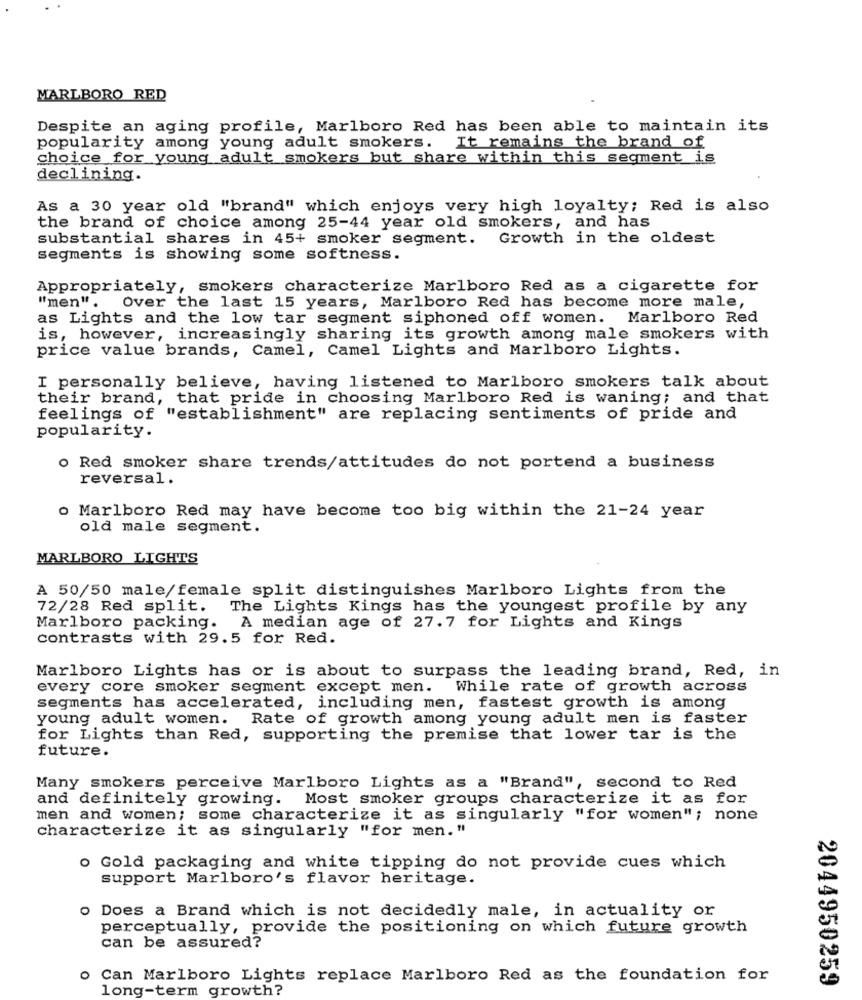
MARLBORO RED
Despite an aging profile, Marlboro Red has been able to maintain its
popularity among young adult smokers. It remains the brand of
choice for young adult smokers but share within this segment is
declining.
As a 30 year old "brand" which enjoys very high loyalty; Red is also
the brand of choice among 25-44 year old smokers, and has
substantial shares in 45+ smoker segment.
Growth in the oldest
Segments is showing some softness.
Appropriately, smokers characterize Marlboro Red as a cigarette for
"men".
Over the last 15 years, Marlboro Red has become more male,
as Lights and the low tar segment siphoned off women. Marlboro Red
is, however, increasingly sharing its growth among male smokers with
price value brands, Camel, Camel Lights and Marlboro Lights.
I personally believe, having listened to Marlboro smokers talk about
their brand, that pride in choosing Marlboro Red is waning; and that
feelings of "establishment" are replacing sentiments of pride and
popularity.
Red smoker share trends/attitudes do not portend a business
reversal.
o Marlboro Red may have become too big within the 21-24 year
old male segment.
MARLBORO LIGHTS
A 50/50 male/female split distinguishes Marlboro Lights from the
72/28 Red split.
The Lights Kings has the youngest profile by any
Marlboro packing. A median age of 27.7 for Lights and Kings
contrasts with 29.5 for Red.
Marlboro Lights has or is about to surpass the leading brand, Red, in
every core smoker segment except men. While rate of growth across
segments has accelerated, including men, fastest growth is among
young adult women. Rate of growth among young adult men is faster
for Lights than Red, supporting the premise that lower tar is the
future.
Many smokers perceive Marlboro Lights as a "Brand", second to Red
and definitely growing. Most smoker groups characterize it as for
men and women; some characterize it as singularly "for women"; none
characterize it as singularly "for men. "
o Gold packaging and white tipping do not provide cues which
support Marlboro's flavor heritage.
o Does a Brand which is not decidedly male, in actuality or
perceptually, provide the positioning on which future growth
can be assured?
o Can Marlboro Lights replace Marlboro Red as the foundation for
long-term growth?
2044950259